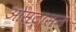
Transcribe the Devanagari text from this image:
ओस्ट्रासन